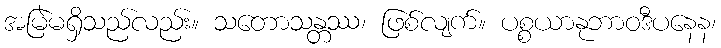
အမြဲမရှိသည်လည်း။ သတောသန္တဿ၊ ဖြစ်လျက်။ ပစ္စယာနုဘာဝဒီပနေန၊